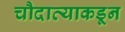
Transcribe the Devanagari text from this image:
चौदाव्याकडून